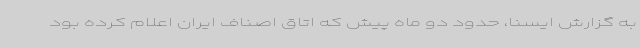
به گزارش ایسنا، حدود دو ماه پیش که اتاق اصناف ایران اعلام کرده بود